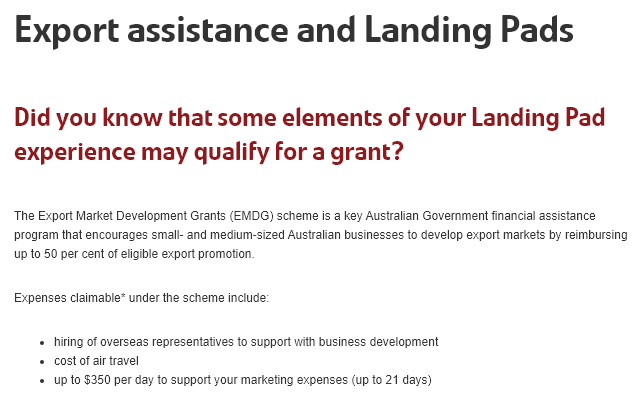
Export    assistance    and    Landing    Pads
   Did   you    know    that    some    elements    of    your    Landing    Pad
   experience    may    qualify    for   a  grant?
   The Export Market Development Grants (EMDG) scheme is a key Australian Government financial assistance
   program that encourages small- and medium-sized Australian businesses to develop export markets by reimbursing
   Up to 50 per cent of eligible export promotion
   Expenses claimable* under the scheme include:
     ‘+ hiring of overseas representatives to support with business development
     + cost of air travel
     ‘= up to $350 per day to support your marketing expenses (up to 21 days)